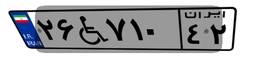
۲۶W۷۱۰۴۲